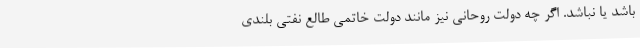
باشد یا نباشد. اگر چه دولت روحانی نيز مانند دولت خاتمي طالع نفتی بلندی